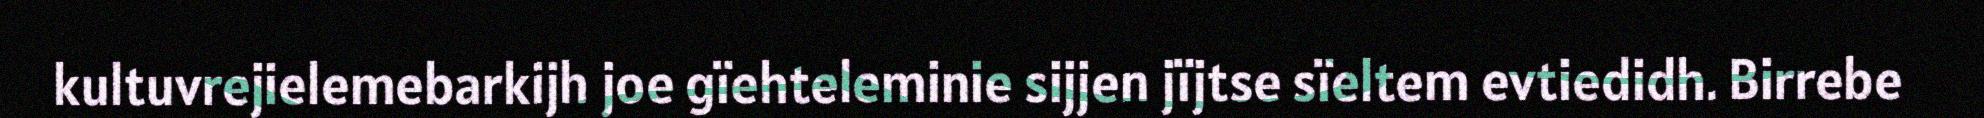
kultuvrejielemebarkijh joe gïehteleminie sijjen jïjtse sïeltem evtiedidh. Birrebe